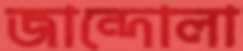
জান্দোলা